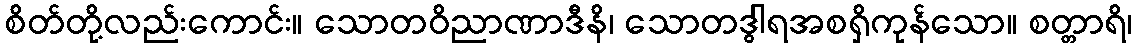
စိတ်တို့လည်းကောင်း။ သောတဝိညာဏာဒီနိ၊ သောတဒွါရအစရှိကုန်သော။ စတ္တာရိ၊